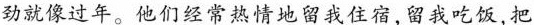
劲就像过年。他们经常热情地留我住宿，留我吃饭，把